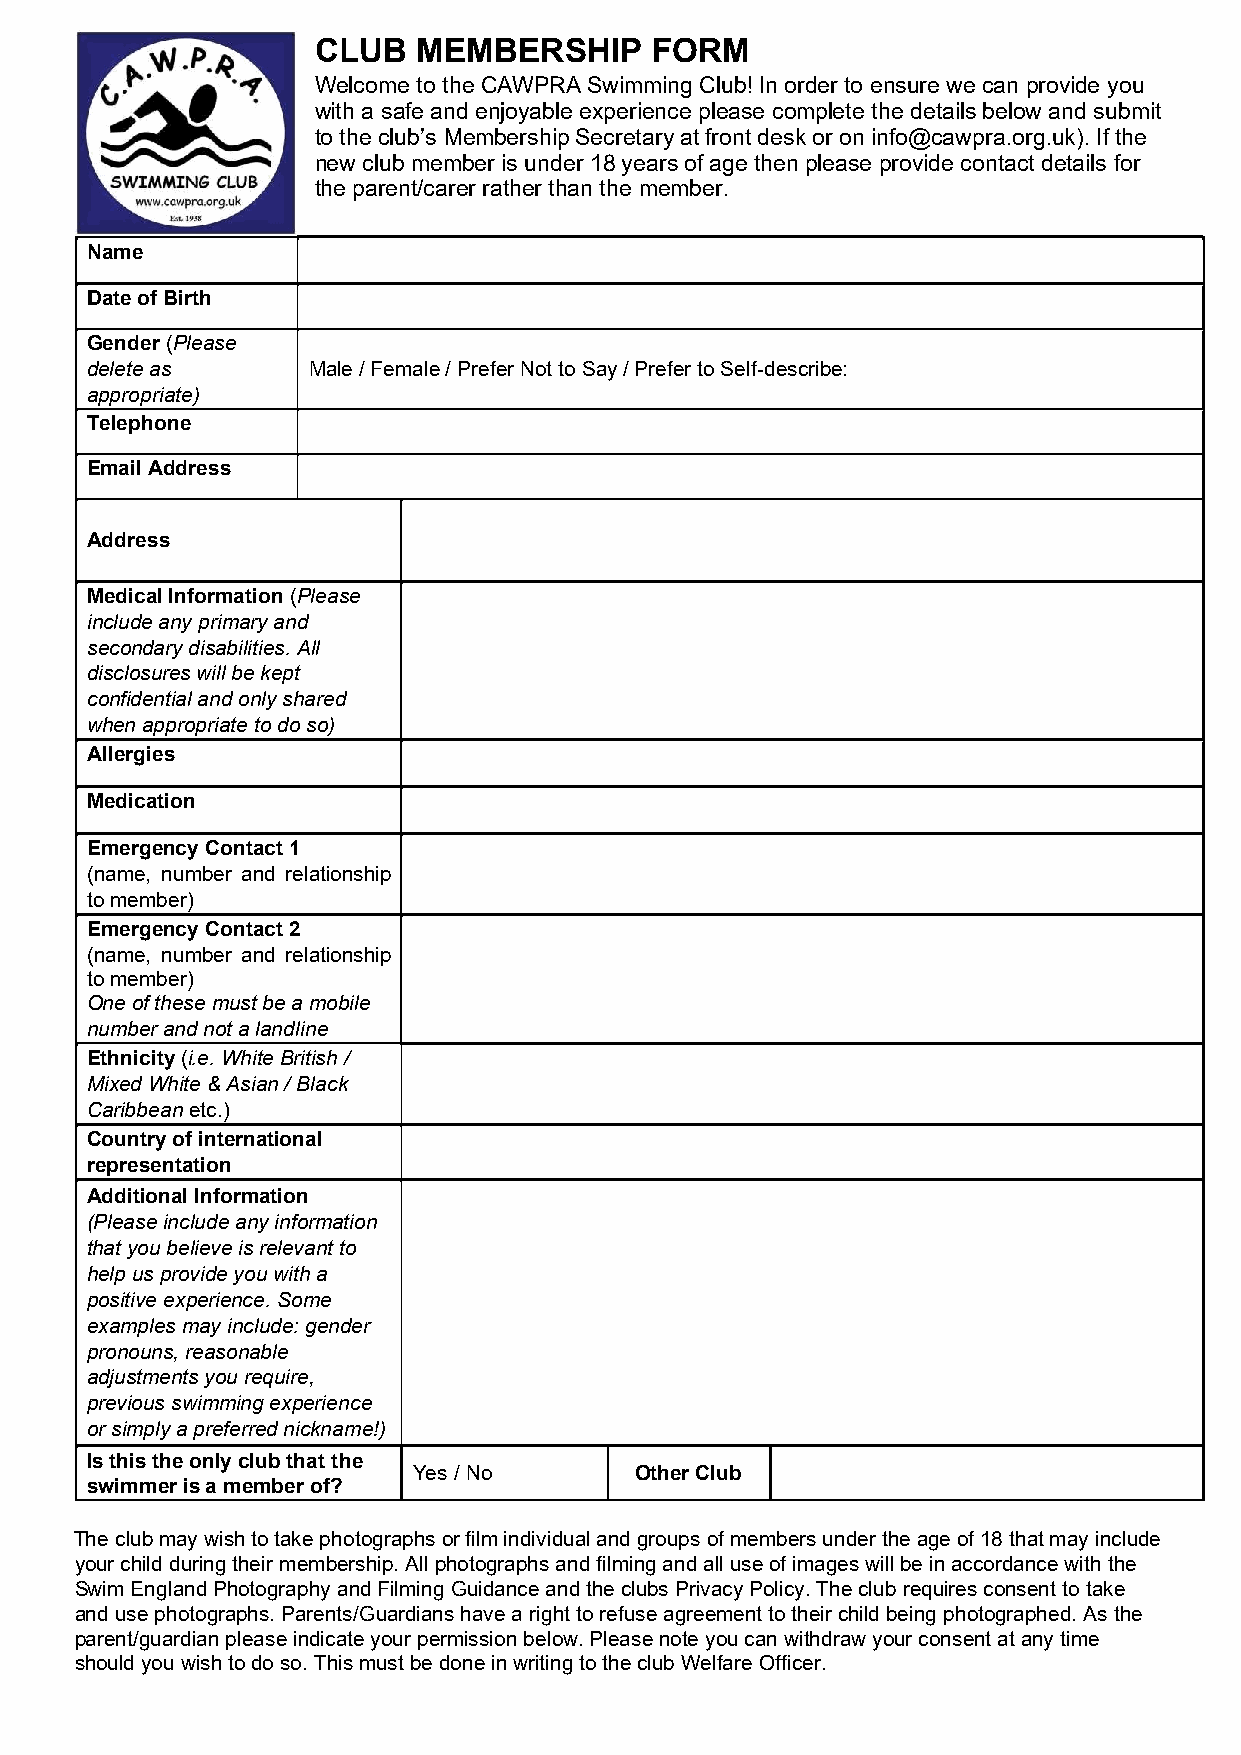
CLUB   MEMBERSHIP     FORM
 Welcome to the CAWPRA Swimming Club! In order to ensure we can provide you
 with a safe and enjoyable experience please complete the details below and submit
 to the club’s Membership Secretary at front desk or on info@cawpra.org.uk). If the
 new club member is under 18 years of age then please provide contact details for
 the parent/carer rather than the member.
 Name
 Date of Birth
 Gender (Please
 delete as     Male / Female / Prefer Not to Say / Prefer to Self-describe:
 appropriate)
 Telephone
 Email Address
 Address
 Medical Information (Please
 include any primary and
 secondary disabilities. All
 disclosures will be kept
 confidential and only shared
 when appropriate to do so)
 Allergies
 Medication
 Emergency Contact 1
 (name, number and relationship
 to member)
 Emergency Contact 2
 (name, number and relationship
 to member)
 One of these must be a mobile
 number and not a landline
 Ethnicity (i.e. White British /
 Mixed White & Asian / Black
 Caribbean etc.)
 Country of international
 representation
 Additional Information
 (Please include any information
 that you believe is relevant to
 help us provide you with a
 positive experience. Some
 examples may include: gender
 pronouns, reasonable
 adjustments you require,
 previous swimming experience
 or simply a preferred nickname!)
 Is this the only club that the
 Yes / No       Other Club
 swimmer is a member of?
 The club may wish to take photographs or film individual and groups of members under the age of 18 that may include
 your child during their membership. All photographs and filming and all use of images will be in accordance with the
 Swim England Photography and Filming Guidance and the clubs Privacy Policy. The club requires consent to take
 and use photographs. Parents/Guardians have a right to refuse agreement to their child being photographed. As the
 parent/guardian please indicate your permission below. Please note you can withdraw your consent at any time
 should you wish to do so. This must be done in writing to the club Welfare Officer.